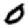
Digit: 0